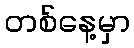
တစ်နေ့မှာ